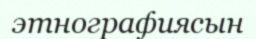
этнографиясын